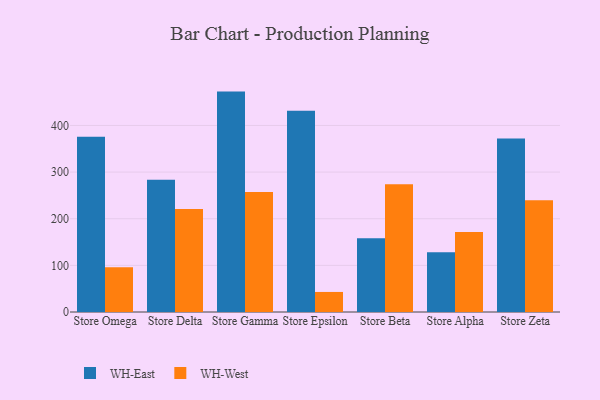
{"axis": {"x": "Store", "y": "Customer Acquisition Cost (USD)"}, "legend": ["WH-East", "WH-West"], "data": [{"x": "Store Omega", "y": 376.0, "type": "WH-East"}, {"x": "Store Omega", "y": 95.7, "type": "WH-West"}, {"x": "Store Delta", "y": 283.5, "type": "WH-East"}, {"x": "Store Delta", "y": 220.6, "type": "WH-West"}, {"x": "Store Gamma", "y": 472.6, "type": "WH-East"}, {"x": "Store Gamma", "y": 257.1, "type": "WH-West"}, {"x": "Store Epsilon", "y": 431.6, "type": "WH-East"}, {"x": "Store Epsilon", "y": 43.0, "type": "WH-West"}, {"x": "Store Beta", "y": 158.0, "type": "WH-East"}, {"x": "Store Beta", "y": 274.1, "type": "WH-West"}, {"x": "Store Alpha", "y": 127.9, "type": "WH-East"}, {"x": "Store Alpha", "y": 171.3, "type": "WH-West"}, {"x": "Store Zeta", "y": 372.3, "type": "WH-East"}, {"x": "Store Zeta", "y": 239.6, "type": "WH-West"}]}